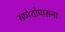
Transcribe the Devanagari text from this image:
गणेशोपासना